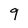
Character: 9